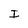
Character: I